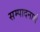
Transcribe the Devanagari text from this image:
सम्पादनार्थ